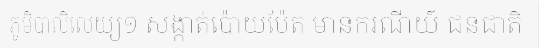
ភូមិបាលិលេយ្យ១ សង្កាត់ប៉ោយប៉ែត មានករណីយ៍ ជនជាតិ